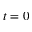
t = 0